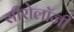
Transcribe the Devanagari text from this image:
सीरोलॉजी